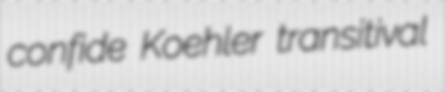
confide Koehler transitival